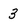
Character: 3